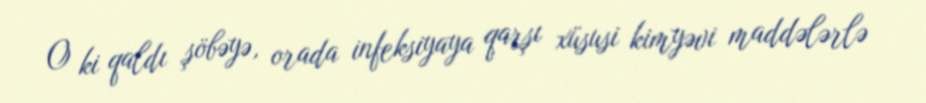
O ki qaldı şöbəyə, orada infeksiyaya qarşı xüsusi kimyəvi maddələrlə